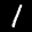
Label: 1